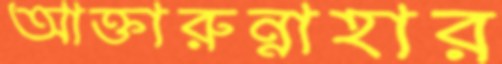
আক্তারুন্নাহার